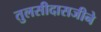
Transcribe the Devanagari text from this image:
तुलसीदासजीने